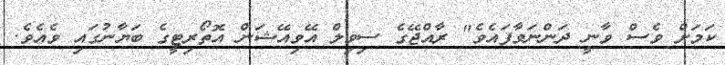
ކަމަށް ވެސް ވާނީ ދަންނަވާފައެވެ" ރާއްޖޭގެ ސިވިލް އޭވިއޭޝަން އޮތޯރިޓީގެ ބަޔާނުގައި ވެއެވެ.